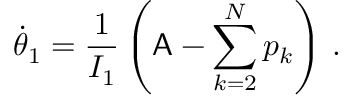
\dot { \theta } _ { 1 } = \frac { 1 } { I _ { 1 } } \left( \mathsf { A } - \sum _ { k = 2 } ^ { N } p _ { k } \right) \, .